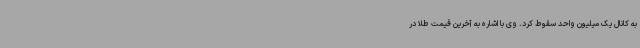
به کانال یک میلیون واحد سقوط کرد. وی با اشاره به آخرین قیمت طلا در